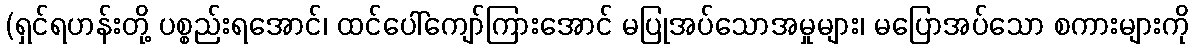
(ရှင်ရဟန်းတို့ ပစ္စည်းရအောင်၊ ထင်ပေါ်ကျော်ကြားအောင် မပြုအပ်သောအမှုများ၊ မပြောအပ်သော စကားများကို